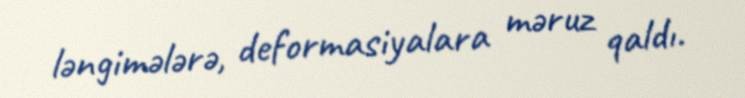
ləngimələrə, deformasiyalara məruz qaldı.